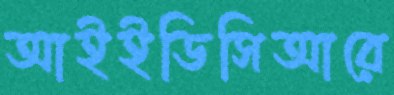
আইইডিসিআরে